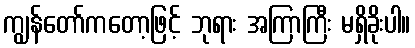
ကျွန်တော်ကတော့ဖြင့် ဘုရား အကြာကြီး မရှိခိုးပါ။